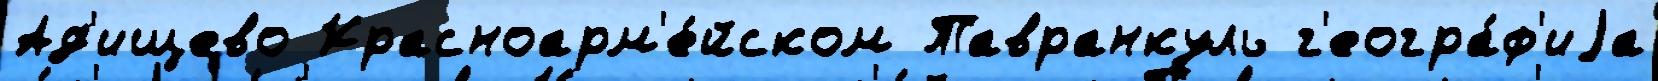
Ад'ищево Красноарм'е́йском Тавранкуль г'еогра́ф'иjа